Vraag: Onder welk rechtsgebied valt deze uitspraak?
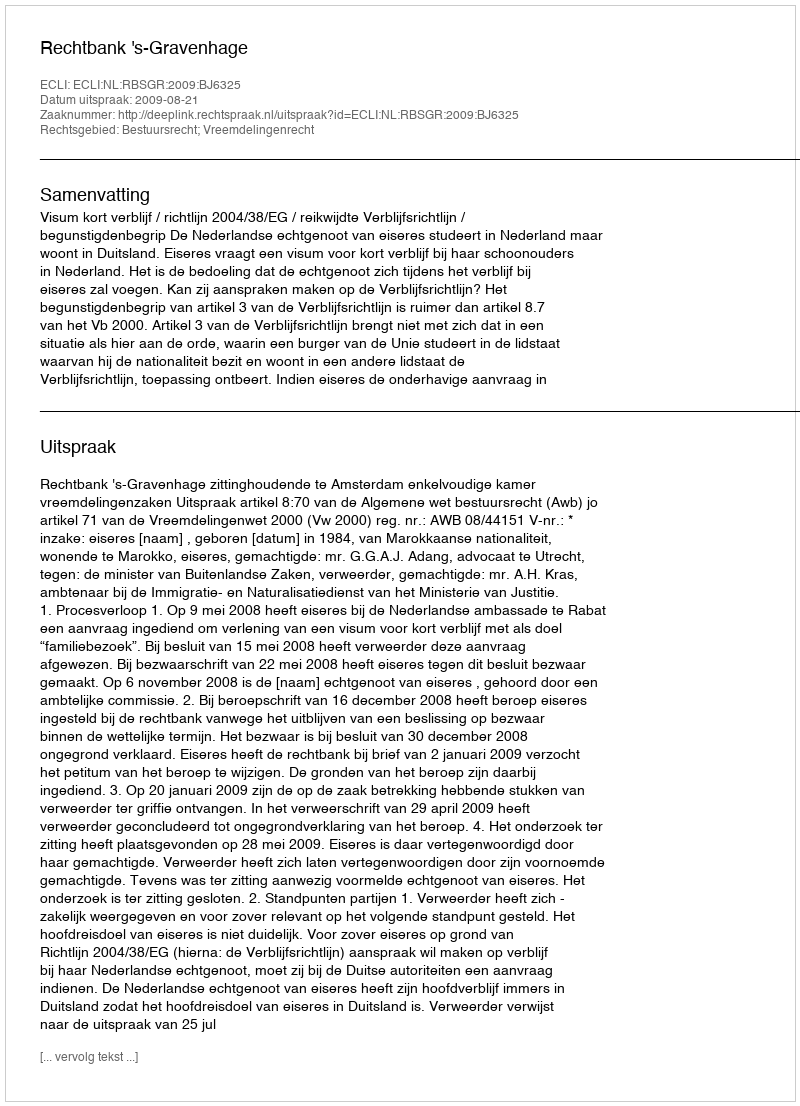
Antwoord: Bestuursrecht; Vreemdelingenrecht